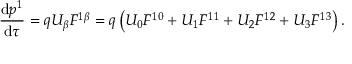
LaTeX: { \frac { \mathrm { d } p ^ { 1 } } { \mathrm { d } \tau } } = q U _ { \beta } F ^ { 1 \beta } = q \left( U _ { 0 } F ^ { 1 0 } + U _ { 1 } F ^ { 1 1 } + U _ { 2 } F ^ { 1 2 } + U _ { 3 } F ^ { 1 3 } \right) .